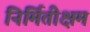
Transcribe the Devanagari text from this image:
निर्मितीक्षम